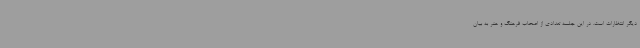
دیگر انتظارات است. در این جلسه تعدادی از اصحاب فرهنگ و هنر به بیان